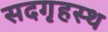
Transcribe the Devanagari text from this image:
सदगृहस्थ